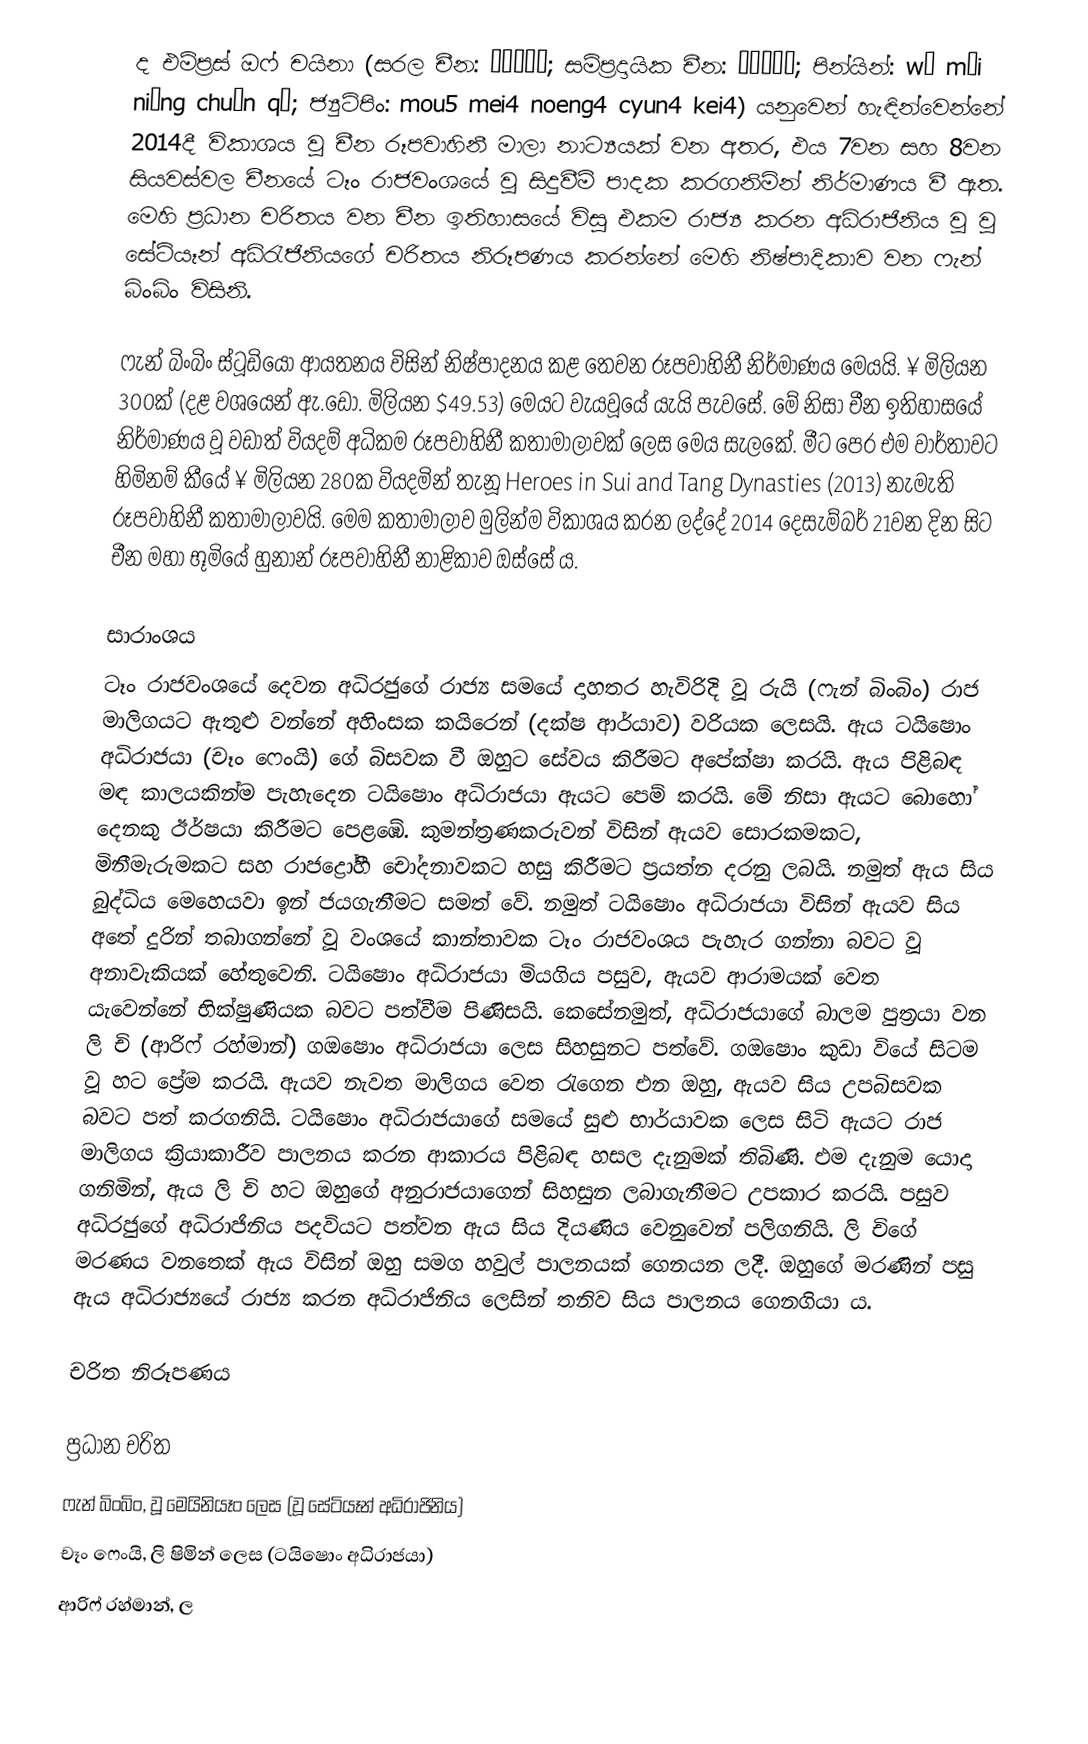
ද එම්ප්‍රස් ඔෆ් චයිනා (සරල චීන: 武媚娘传奇; සම්ප්‍රදායික චීන: 武媚娘傳奇; පින්යින්: wǔ mèi niáng chuán qí; ජ්‍යුට්පිං: mou5 mei4 noeng4 cyun4 kei4) යනුවෙන් හැඳින්වෙන්නේ 2014දී විකාශය වූ චීන රූපවාහිනී මාලා නාට්‍යයක් වන අතර, එය 7වන සහ 8වන සියවස්වල චී‍නයේ ටෑං රාජවංශයේ වූ සිදුවීම් පාදක කරගනිමින් නිර්මාණය වී ඇත. මෙහි ප්‍රධාන චරිතය වන චීන ඉතිහාසයේ විසූ එකම රාජ්‍ය කරන අධිරාජිනිය වූ වූ සේටියෑන් අධිරැජිනියගේ චරිතය නිරූපණය කරන්නේ මෙහි නිෂ්පාදිකාව වන ෆැන් බිංබිං විසිනි.

ෆැන් බිංබිං ස්ටූඩියෝ ආයතනය විසින් නිෂ්පාදනය කළ තෙවන රූපවාහිනී නිර්මාණය මෙයයි. ¥ මිලියන 300ක් (දළ වශයෙන් ඇ.ඩො. මිලියන $49.53) මෙයට වැයවූයේ යැයි පැවසේ. මේ නිසා චීන ඉතිහාසයේ නිර්මාණය වූ වඩාත් වියදම් අධිකම රූපවාහිනී කතාමාලාවක් ලෙස මෙය සැලකේ. මීට පෙර එම වාර්තාවට හිමිනම් කීයේ ¥ මිලියන 280ක වියදමින් තැනූ Heroes in Sui and Tang Dynasties (2013) නැමැති රූපවාහිනී කතාමාලාවයි. මෙම කතාමාලාව මුලින්ම විකාශය කරන ලද්දේ 2014 දෙසැම්බර් 21වන දින සිට චීන මහා භූමියේ හුනාන් රූපවාහිනී නාළිකාව ඔස්සේ ය.

සාරාංශය
ටෑං රාජවංශයේ දෙවන අධිරජුගේ රාජ්‍ය සමයේ දාහතර හැවිරිදි වූ රුයි (ෆැන් බිංබිං) රාජ මාලිගයට ඇතුළු වන්නේ අහිංසක කයිරෙන් (දක්ෂ ආර්යාව) වරියක ලෙසයි. ඇය ටයිෂොං අධිරාජයා (චෑං ෆෙංයි) ගේ බිසවක වී ඔහුට සේවය කිරීමට අපේක්ෂා කරයි. ඇය පිළිබඳ මඳ කාලයකින්ම පැහැදෙන ටයිෂොං අධිරාජයා ඇයට පෙම් කරයි. මේ නිසා ඇයට බොහෝ දෙනකු ඊර්ෂයා කිරීමට පෙළඹේ. කුමන්ත්‍රණකරුවන් විසින් ඇයව සොරකමකට, මිනීමැරුමකට සහ රාජද්‍රෝහී චෝදනාවකට හසු කිරීමට ප්‍රයත්න දරනු ලබයි. නමුත් ඇය සිය බුද්ධිය මෙහෙයවා ඉන් ජයගැනීමට සමත් වේ. නමුත් ටයිෂොං අධිරාජයා විසින් ඇයව සිය අතේ දුරින් තබාගන්නේ වූ වංශයේ කාන්තාවක ටෑං රාජවංශය පැහැර ගන්නා බවට වූ අනාවැකියක් හේතුවෙනි. ටයිෂොං අධිරාජයා මියගිය පසුව, ඇයව ආරාමයක් වෙත යැවෙන්නේ භික්ෂුණියක බවට පත්වීම පිණිසයි. කෙසේනමුත්, අධිරාජයාගේ බාලම පුත්‍රයා වන ලි චි (ආරිෆ් රහ්මාන්) ගඔෂොං අධිරාජයා ලෙස සිහසුනට පත්වේ. ගඔෂොං කුඩා වියේ සිටම වූ හට ප්‍රේම කරයි. ඇයව නැවත මාලිගය වෙත රැගෙන එන ඔහු, ඇයව සිය උපබිසවක බවට පත් කරගනියි. ටයිෂොං අධිරාජයාගේ සමයේ සුළු භාර්යාවක ලෙස සිටි ඇයට රාජ මාලිගය ක්‍රියාකාරීව පාලනය කරන ආකාරය පිළිබඳ හසල දැනුමක් තිබිණි. එම දැනුම යොදා ගනිමින්, ඇය ලි චි හට ඔහුගේ අනුරාජයාගෙන් සිහසුන ලබාගැනීමට උපකාර කරයි. පසුව අධිරජුගේ අධිරාජිනිය පදවියට පත්වන ඇය සිය දියණිය වෙනුවෙන් පලිගනියි. ලි චිගේ මරණය වනතෙක් ඇය විසින් ඔහු සමග හවුල් පාලනයක් ගෙනයන ලදී. ඔහුගේ මරණින් පසු ඇය අධිරාජ්‍යයේ රාජ්‍ය කරන අධිරාජිනිය ලෙසින් තනිව සිය පාලනය ගෙනගියා ය.

චරිත නිරූපණය

ප්‍රධාන චරිත
ෆැන් බිංබිං, වූ මෙයිනියෑං ලෙස (වූ සේටියෑන් අධිරාජිනිය)
චෑං ෆෙංයි, ලි ෂිමින් ලෙස (ටයිෂොං අධිරාජයා)
ආරිෆ් රහ්මාන්, ල